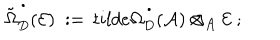
LaTeX: \tilde { \Omega } _ { D } ^ { \, ^ { \bullet } } ( { \mathcal E } ) \ : = \, t i l d e { \Omega } _ { D } ^ { \, ^ { \bullet } } ( { \mathcal A } ) \otimes _ { { \mathcal A } } { \mathcal E } \ ;